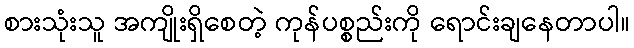
စားသုံးသူ အကျိုးရှိစေတဲ့ ကုန်ပစ္စည်းကို ရောင်းချနေတာပါ။